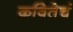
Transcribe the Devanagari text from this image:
कवितेचं